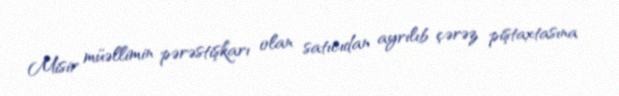
Misir müəllimin pərəstişkarı olan satıcıdan ayrılıb çərəz piştaxtasına